Annual report on the working of the Harcourt Butler Institute of Public Health, Rangoon
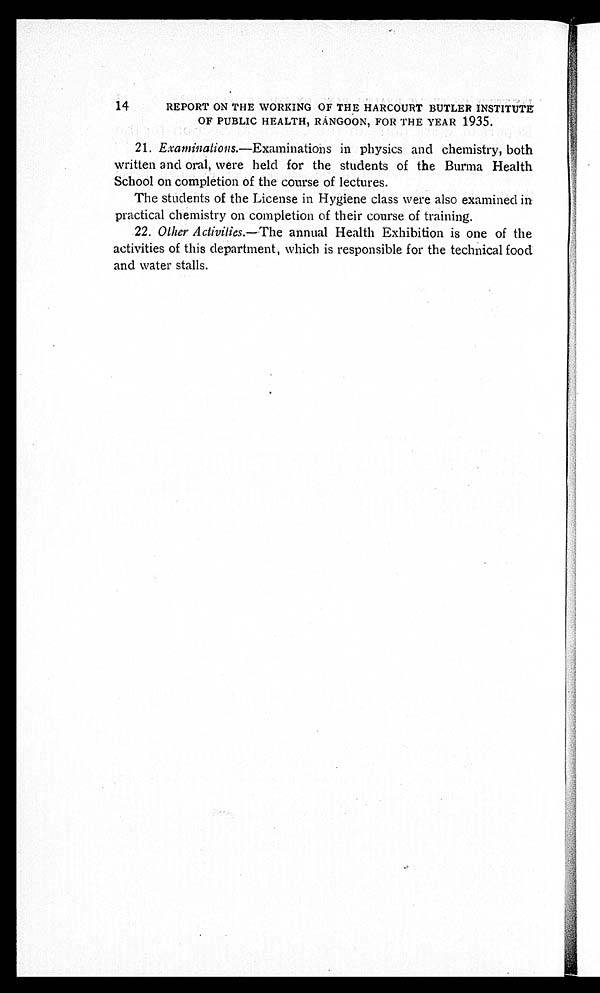
14
REPORT ON THE WORKING OF THE HARCOURT BUTLER INSTITUTE
OF PUBLIC HEALTH,RANGOON, FOR THE YEAR 1935.
21. Exami nat i ons. — E x a m i n a t i o n s i n p h y s i c s a n d c h e m i s t r y , b o t h
written and oral, were held for the students of the Burma Health
School on completion of the course of lectures.
The students of the License in Hygiene class were also examined in
practical chemistry on completion of their course of training.
22. Other Activities.—The annual Health Exhibition is one of the
activities of this department, which is responsible for the technical food
and water stalls.